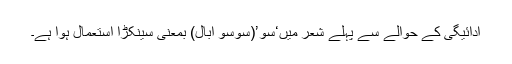
ادائیگی کے حوالے سے پہلے شعر میں‘سو’(سوسو اُبال) بمعنی سینکڑا استعمال ہوا ہے۔